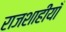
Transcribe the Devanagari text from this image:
राजशाहीयाँ